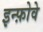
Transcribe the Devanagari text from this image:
इन्फ़ोवे